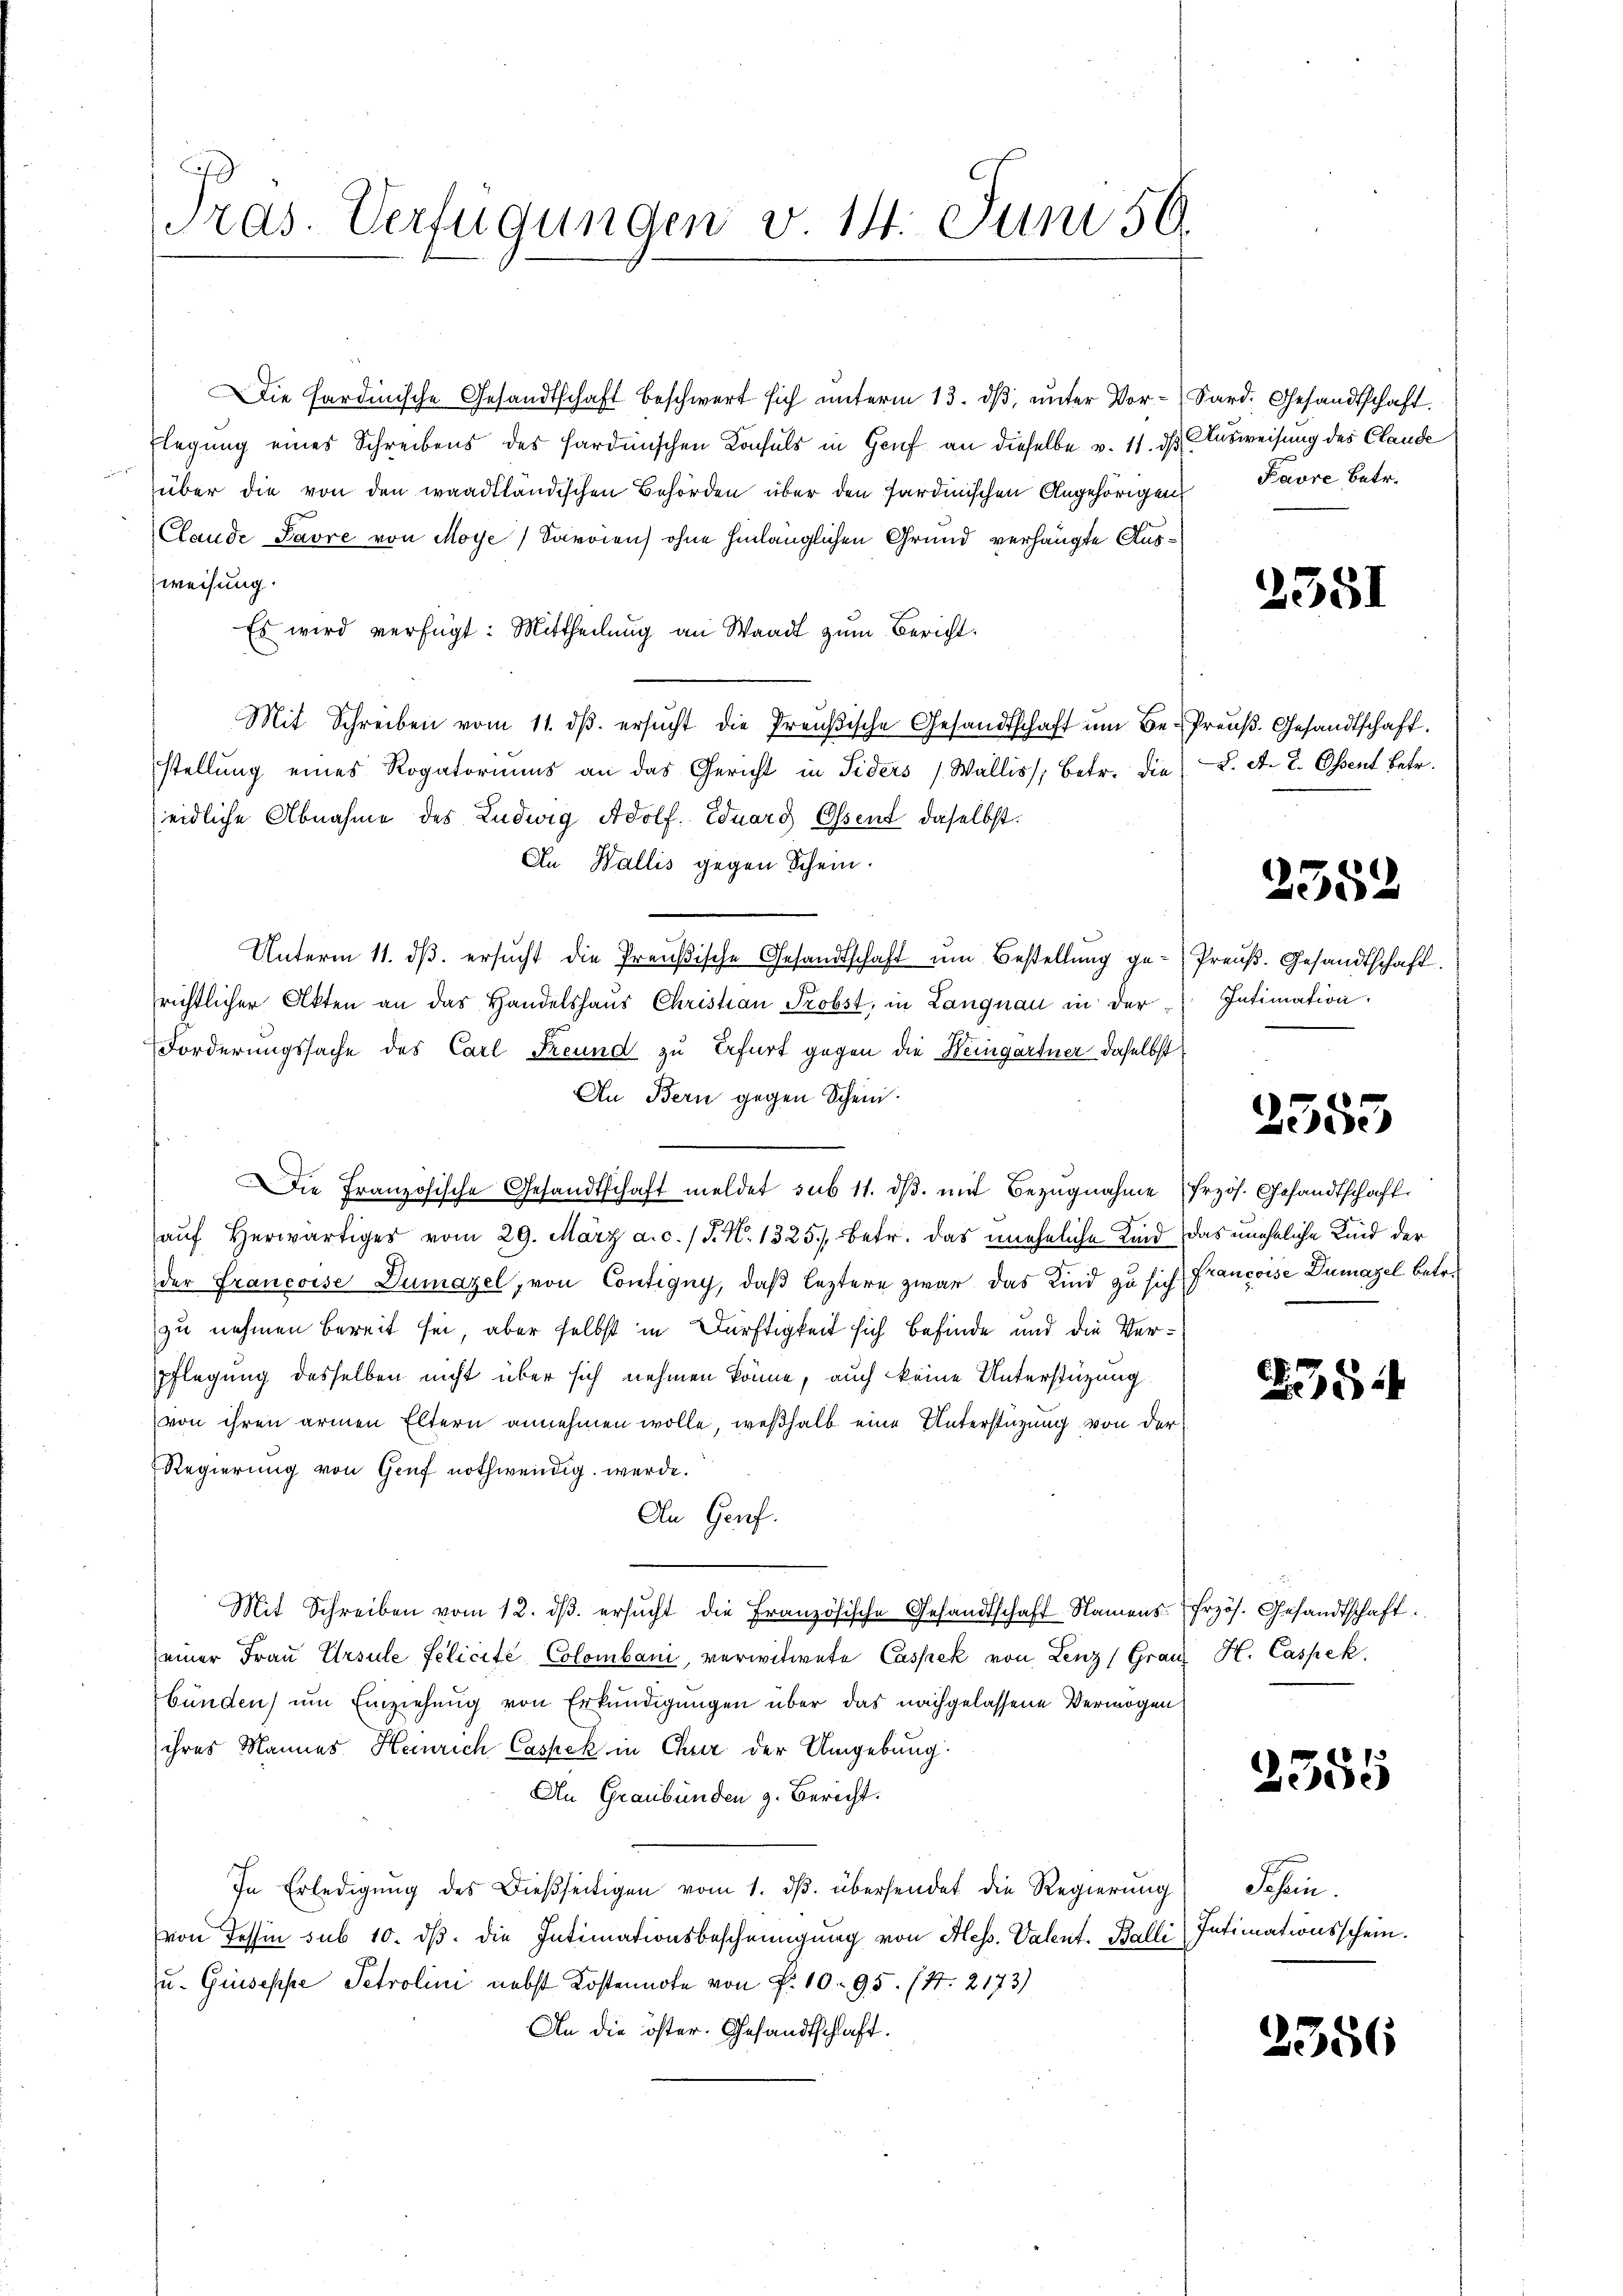
Tras. Verfügungen v. 14. Juni 59.

Die Fardinische Gesandtschaft beschwert sich unterm 13. ds, unter Vor- Sard. Gesandtschaft.
Elegung eines Schreibens des Hardinischen Konsuls in Genf an dieselbe v. 11. ds Ausweisung des Claude
über die von den waadtländischen Behörden über den Sardinischen Angehörigen
Claude Pavre von Moye / Savoien) ohne hinlänglichen Grund verhängte Ausweisung.
Es wird verfügt: Mittheilŭng an Waadt zŭm Bericht:
Mit Schreiben vom 11. dβ. ersŭcht die Preŭβische Gesandtschaft ŭm Be- Preŭβ. Gesandtschaft.
stellung eines Rogatoriums an das Gericht in Fiders (Wallis, betr. die L. A. L. Obsent betr.
eidliche Abnahme des Ludwig Adolf Eduard Ossent daselbst.
An Wallis gegen Schein.
Unterm 11. dβ. ersucht die Preußische Gesandtschaft um Bestellung ge-Preuß. Gesandtschaft.
richtlicher Akten an das Handelshaus Christian Probst, in Langnau in der¬
Forderungssache des Carl Freund zu Erfurt gegen die Weingartner daselbst
An Bern gegen Schein.
Die Französische Gesandtschaft meldet sub 11. dβ. mit Bezugnahme frzös. Gesandtschaft
aŭf herwärtiges vom 29. März a.c. (T. N. 1325) betr. das uneheliche Kind das uneheliche Kind der
der Francoise Dumazel, von Contigny, daß leztere zwar das Kind zu sich Francoise Dumasel betre
zu nehmen bereit sei, aber selbst in Dürftigkeit sich befinde und die Ver¬
Pflegung desselben nicht über sich nehmen könne, auch keine Unterstüzung
von ihren armen Eltern annehmen wolle, weßhalb eine Unterstüzung von der
Regierung von Gruf nothwendig werde.
An Genf.
Mit Schreiben vom 12. dβ. ersŭcht die Französische Gesandtschaft Namens-Erzös. Gesandtschaft.
(einer Frau Ursule felicité Colombani, verwitwete Cassek von Lenz (Gränz(...) Caspek
bünden) um Einziehung von Erkundigungen über das nachgelassene Vermögen
ihres Mannes Heinrich Caspek in Chur der Umgebung
An Graubünden z. Bericht.
In Erledigŭng des dießseitigen vom 1. dβ. übersendet die Regierung
von Tessin sub 10. ds. die Intimationsbescheinigung von Aless. Valent. Balli Intimationsschein.
u. Guseppe Petrolini nebst Kostennote von P. 1095. (S. 2173)
An die öster. Gesandtschlaft.

Favre Betr.

2351

2352

Intimation.

2353

54

2355

Schen.

2356